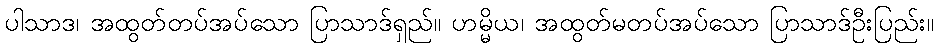
ပါသာဒ၊ အထွတ်တပ်အပ်သော ပြာသာဒ်ရှည်။ ဟမ္မိယ၊ အထွတ်မတပ်အပ်သော ပြာသာဒ်ဦးပြည်း။